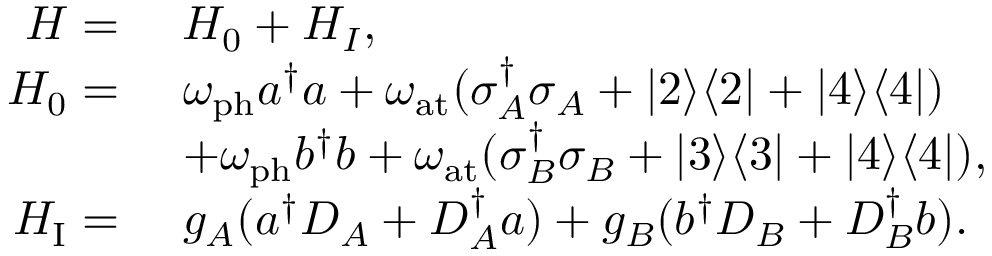
\begin{array} { r l } { H = } & { ~ H _ { 0 } + H _ { I } , } \\ { H _ { 0 } = } & { ~ \omega _ { \mathrm { p h } } a ^ { \dagger } { a } + \omega _ { \mathrm { a t } } ( \sigma _ { A } ^ { \dagger } \sigma _ { A } + | 2 \rangle \langle 2 | + | 4 \rangle \langle 4 | ) } \\ & { ~ + \omega _ { \mathrm { p h } } b ^ { \dagger } b + \omega _ { \mathrm { a t } } ( \sigma _ { B } ^ { \dagger } \sigma _ { B } + | 3 \rangle \langle 3 | + | 4 \rangle \langle 4 | ) , } \\ { H _ { \mathrm { I } } = } & { ~ g _ { A } ( a ^ { \dagger } D _ { A } + D _ { A } ^ { \dagger } a ) + g _ { B } ( b ^ { \dagger } D _ { B } + D _ { B } ^ { \dagger } b ) . } \end{array}